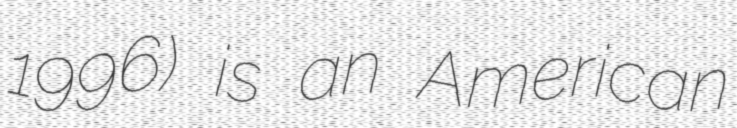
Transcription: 1996) is an American